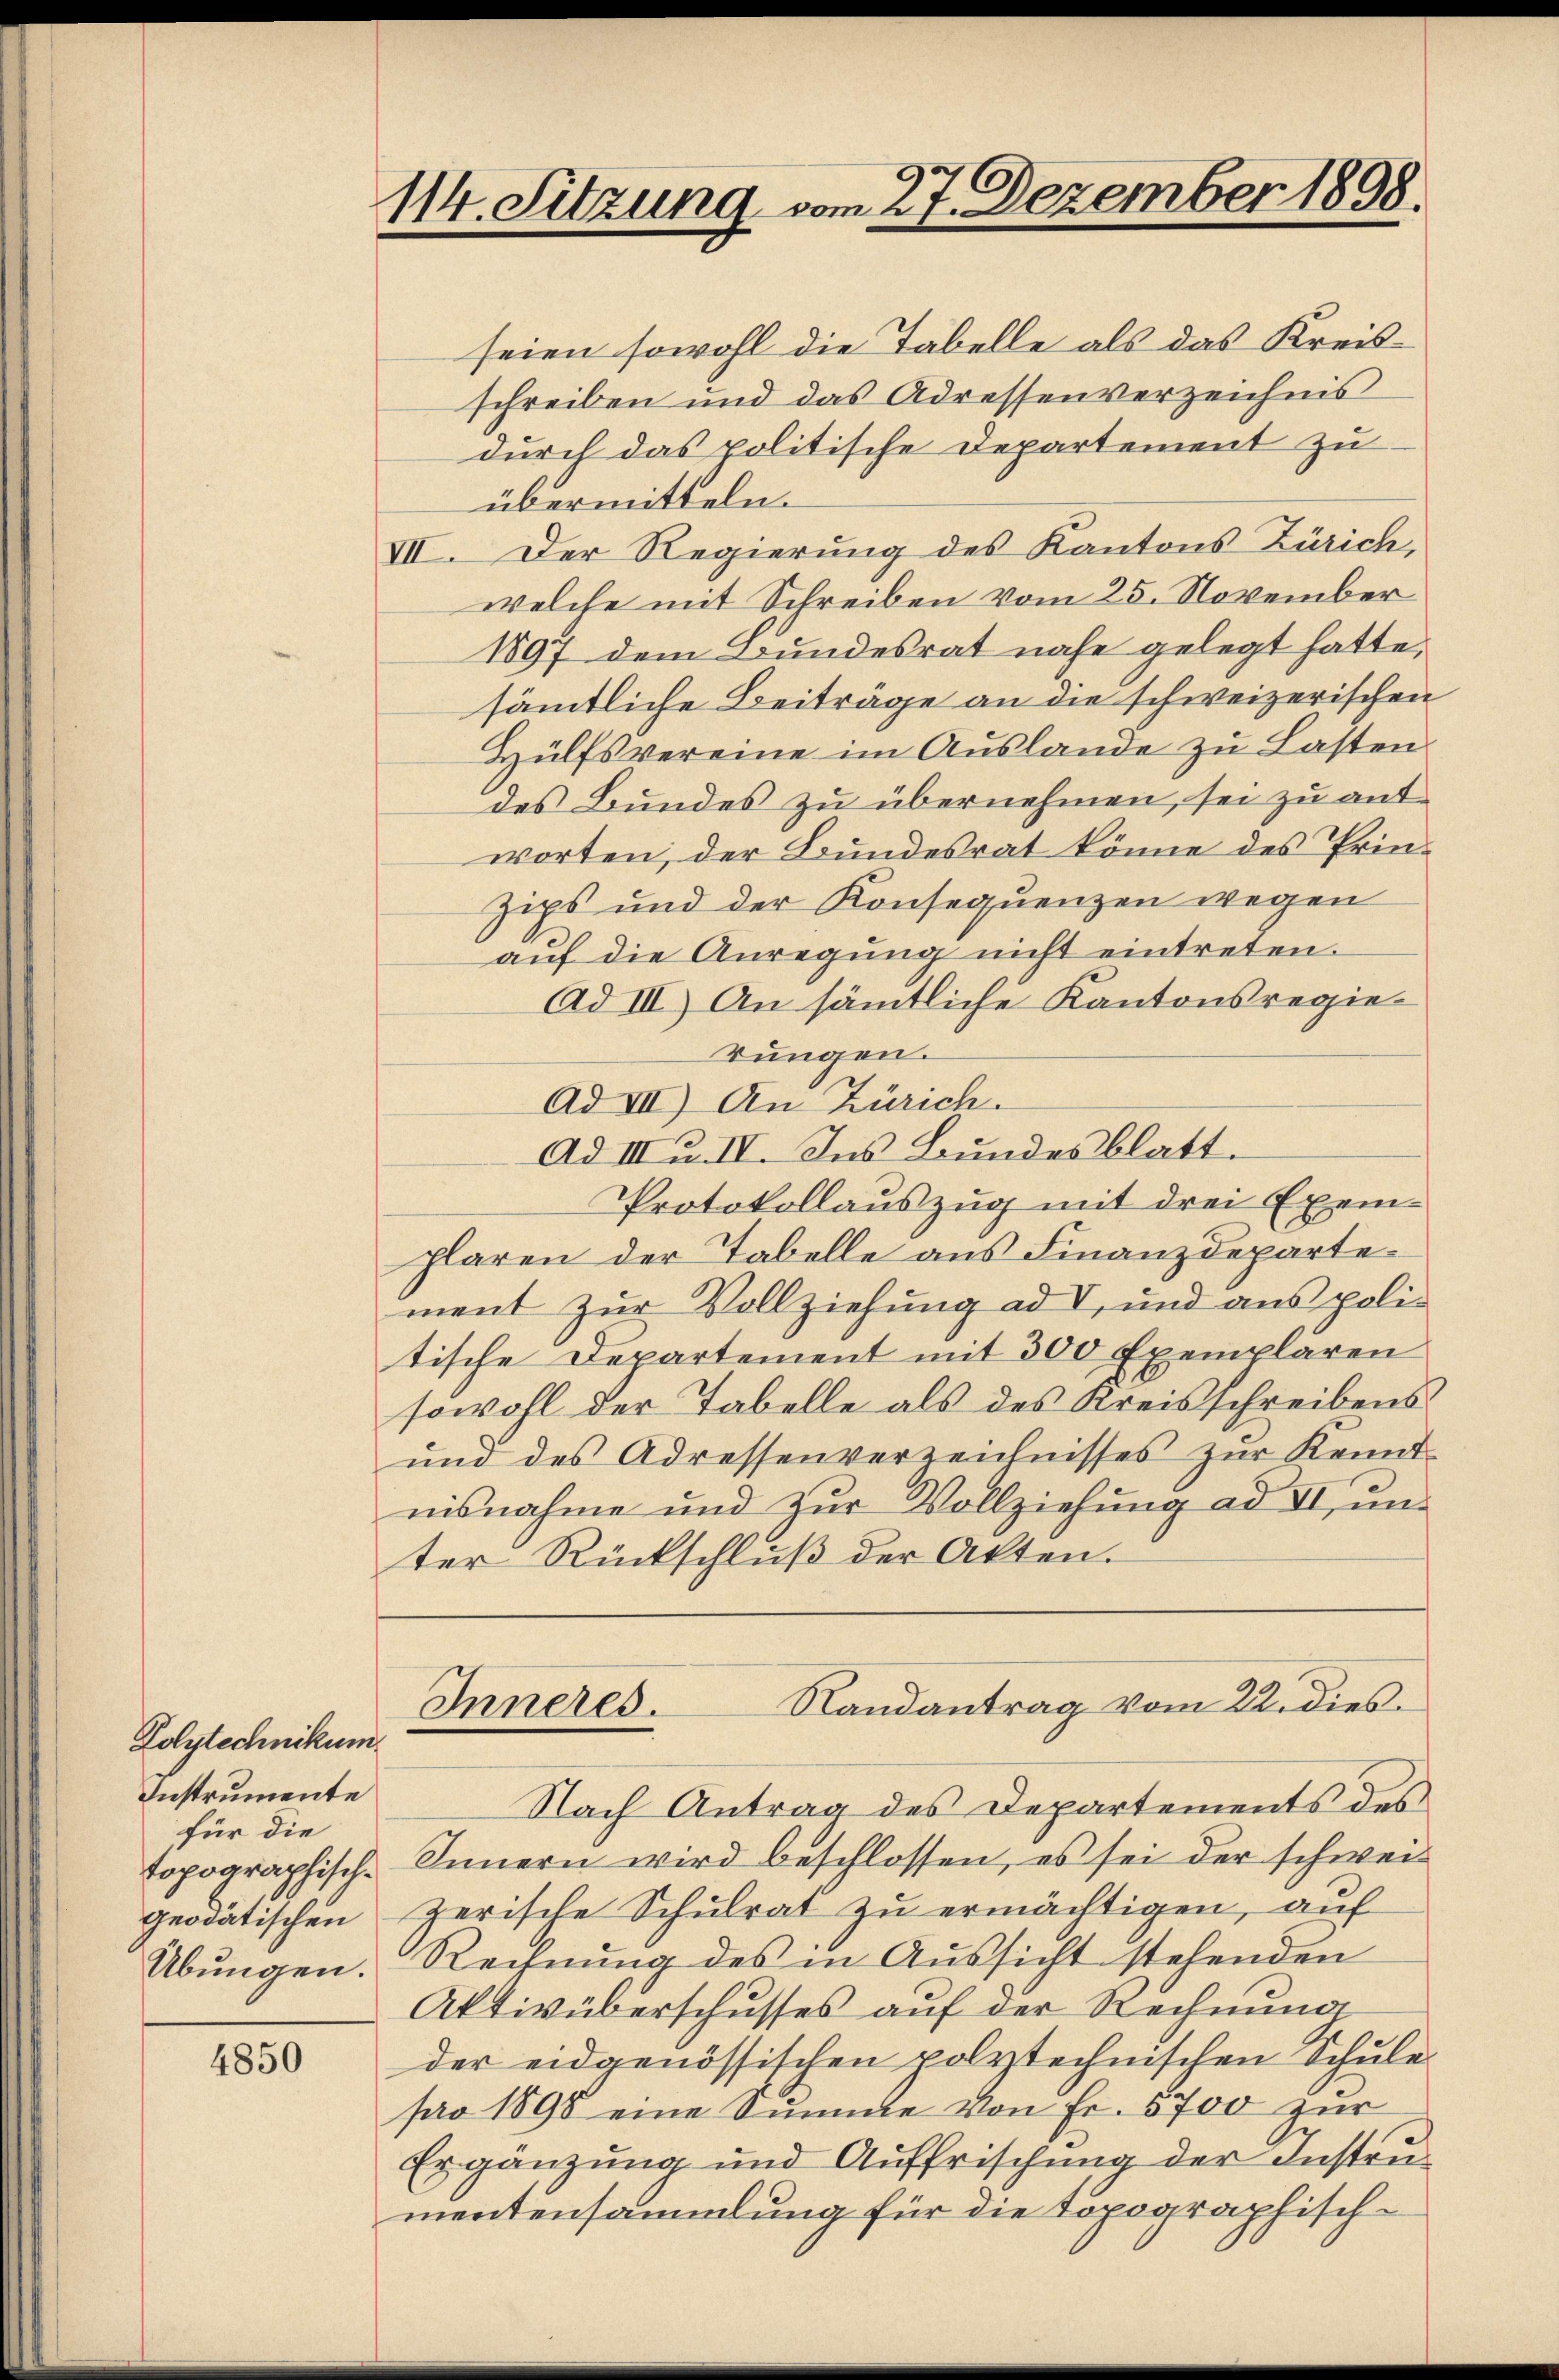
Polytechnikum
Instrumente
für die
topographisch-
geodätischen
Übungen.

4850

114. Sitzung vom 27. Dezember 1808.

seien sowohl die Tabelle als das Kreisschreiben und das Adressenverzeichnis
durch das politische Departement zu
übermitteln.
VII. Der Regierung des Kantons Zürich,
welche mit Schreiben vom 25. November
1897 dem Bundesrat nahe gelegt hatte.
sämmtliche Beiträge an die schweizerischen
Hülfsvereine im Auslande zu Lasten
des Bundes zu übernehmen, sei zu antworten, der Bundesrat könne des Prin¬
Zips und der Konsequenzen wegen
aŭf die Anregung nicht eintreten.
Ad III) An sämmtliche Kantonsregierungen.
Ad III) An Zürich.
Ad III u. IV. Ins Bundesblatt.
Protokollauszug mit drei Exemplaren der Tabelle aus Finanzdepartement zur Vollziehung ad I, und aus politische Departement mit 300 Exemplaren
sowohl der Tabelle als des Kreisschreibens
und des Adressenverzeichnisses zur Kennt-
nisnahme und zŭr Vollziehŭng ad II, ŭn-
ter Rückschlŭβ der Akten.
Randantrag vom 22. dies
Inneres.
|
Nach Antrag des Departements des
Innern wird beschlossen, es sei der schweizerische Schulrat zu ermächtigen, auf
Rechnung des in Aussicht stehenden
Aktivüberschusses auf der Rechnung
der eidgenössischen polytechnischen Schule
pro 1898 eine Summe von Fr. 5700 zur
Ergänzung und Auffrischung der Instrumentensammlung für die Topographisch¬